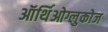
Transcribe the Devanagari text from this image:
ऑर्थिओग्लुकोज